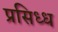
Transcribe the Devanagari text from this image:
प्रसिध्‍ध